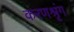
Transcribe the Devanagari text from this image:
करणश्रृंग